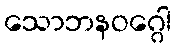
သောဘနဝဂ္ဂေါ